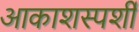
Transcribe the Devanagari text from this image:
आकाशस्पर्शी